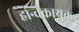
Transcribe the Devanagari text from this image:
हन्विकायुक्त